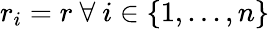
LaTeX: r_{i}=r\mathrm{~}\forall\mathrm{~}i\in\{ 1,...,n\}